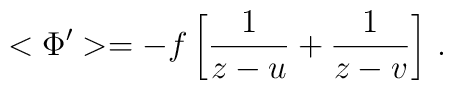
<\Phi'>=-f\left[\frac{1}{z-u}+\frac{1}{z-v}\right]\,.